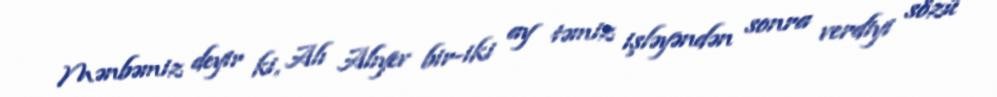
Mənbəmiz deyir ki, Alı Alıyev bir-iki ay təmiz işləyəndən sonra verdiyi sözü